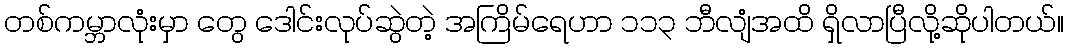
တစ်ကမ္ဘာလုံးမှာ တွေ ဒေါင်းလုပ်ဆွဲတဲ့ အကြိမ်ရေဟာ ၁၁၃ ဘီလျံအထိ ရှိလာပြီလို့ဆိုပါတယ်။